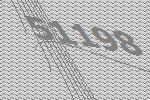
51198